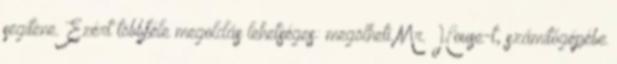
segítene. Ezért többféle megoldás lehetséges: megölheti Mr. House-t, számítógépébe